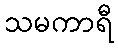
သမကာရီ